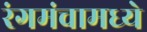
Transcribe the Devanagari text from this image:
रंगमंचामध्ये